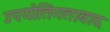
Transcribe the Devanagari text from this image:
उपयोतिगतावाद